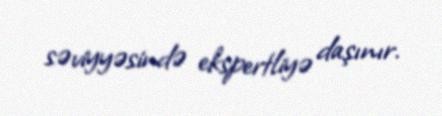
səviyyəsində ekspertliyə daşınır.